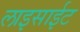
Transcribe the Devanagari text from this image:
लाइसाईट